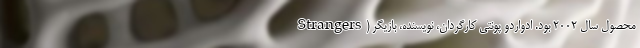
Strangers) محصول سال ۲۰۰۲ بود. ادواردو پونتی کارگردان، نویسنده، بازیگر